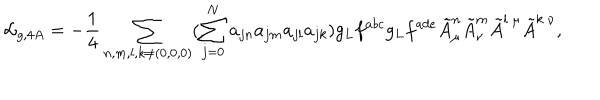
{ \cal L } _ { g , 4 A } = - \frac { 1 } { 4 } \sum _ { n , m , l , k \neq ( 0 , 0 , 0 ) } ( \sum _ { j = 0 } ^ { N } a _ { j n } a _ { j m } a _ { j l } a _ { j k } ) g _ { L } f ^ { a b c } g _ { L } f ^ { a d e } \tilde { A } _ { \mu } ^ { n } \tilde { A } _ { \nu } ^ { m } \tilde { A } ^ { l ~ \mu } \tilde { A } ^ { k ~ \nu } ,